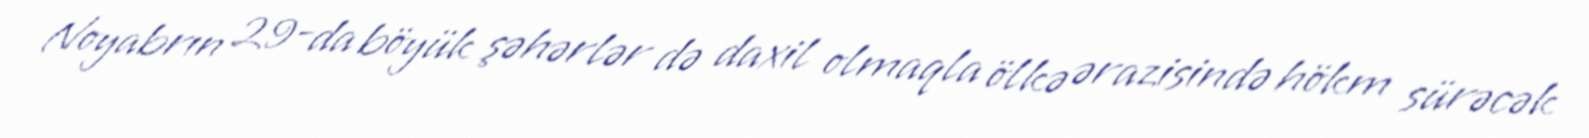
Noyabrın 29-da böyük şəhərlər də daxil olmaqla ölkə ərazisində hökm sürəcək